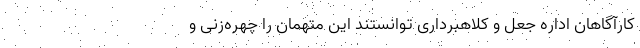
کارآگاهان اداره جعل و کلاهبرداری توانستند این متهمان را چهره‌زنی و